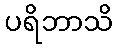
ပရိဘာသိ